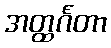
အတ္ထင်္ဂတာ